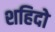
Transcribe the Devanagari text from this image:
शहिदो